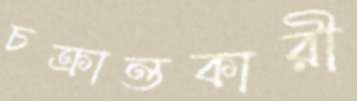
চক্রান্তকারী